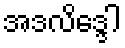
အဒလိဒ္ဒေါ